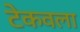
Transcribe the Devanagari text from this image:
टेकवला